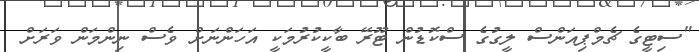
"ސިޓީގެ ޗެމްޕިއަންސް ލީގުގެ ސްކޮޑުން ޓޫރޭ ބާކީކުރުމަކީ އަހަންނަށް ވެސް ނިންމަން ވަރަށް